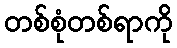
တစ်စုံတစ်ရာကို